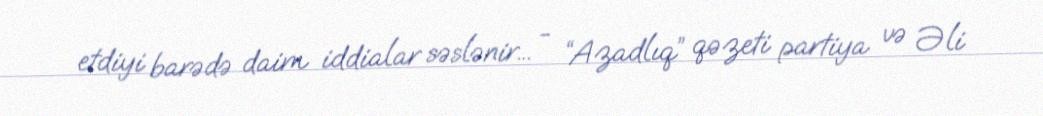
etdiyi barədə daim iddialar səslənir... - “Azadlıq” qəzeti partiya və Əli